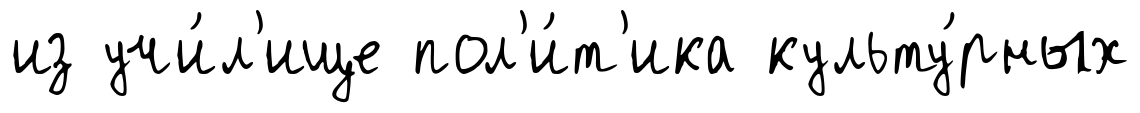
из учи́л'ище пол'и́т'ика культу́рных